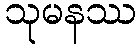
သုမနဿ